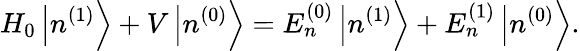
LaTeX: H_{0}\left|n^{(1)}\right\rangle+V\left|n^{(0)}\right\rangle=E_{n}^{(0)}\left|n^{(1)}\right\rangle+E_{n}^{(1)}\left|n^{(0)}\right\rangle.